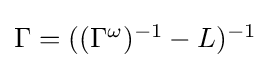
{\textstyle \Gamma =((\Gamma ^{\omega })^{-1}-L)^{-1}}